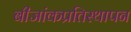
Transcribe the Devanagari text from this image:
बीजांकप्रतिस्थापन